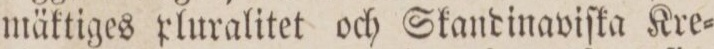
mäktiges pluralitet och Skandinaviſka Kre=